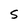
Character: S